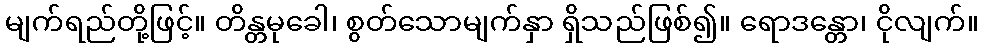
မျက်ရည်တို့ဖြင့်။ တိန္တမုခေါ၊ စွတ်သောမျက်နှာ ရှိသည်ဖြစ်၍။ ရောဒန္တော၊ ငိုလျက်။